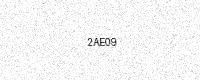
Text: 2AE09